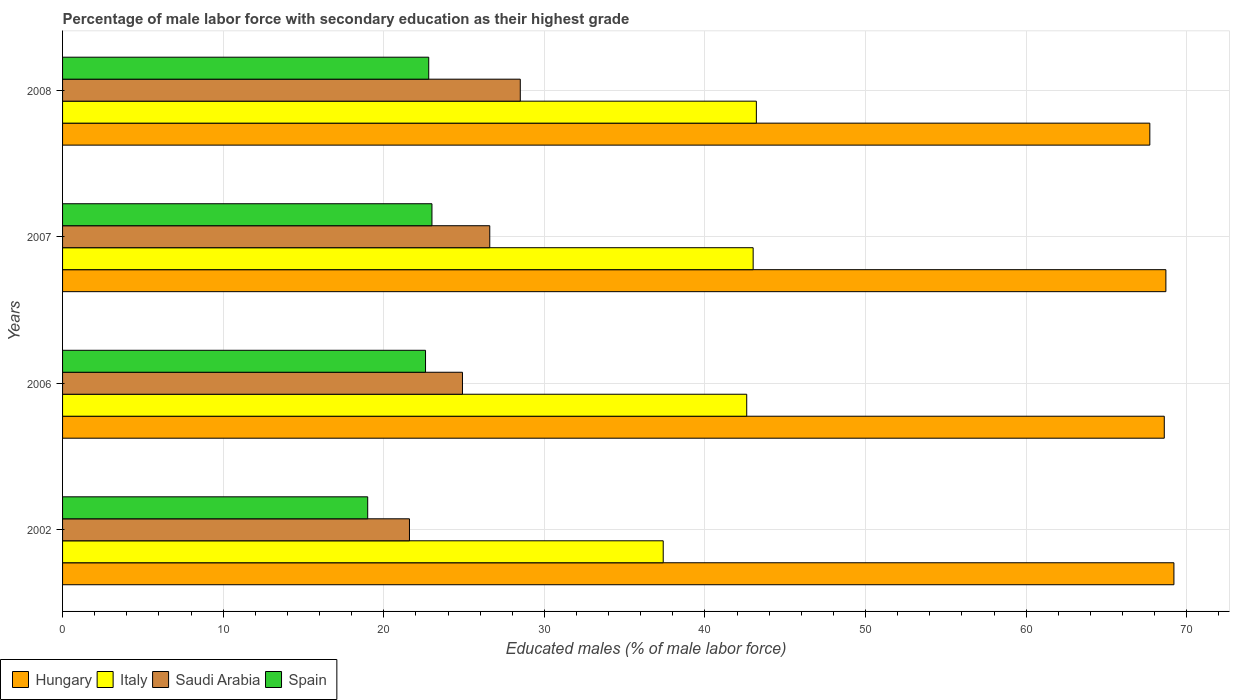
| Years | Hungary | Italy | Saudi Arabia | Spain |
 | --- | --- | --- | --- | --- |
 | 2002 | 69.2 | 37.4 | 21.6 | 19 |
 | 2006 | 68.6 | 42.6 | 24.9 | 22.6 |
 | 2007 | 68.7 | 43 | 26.6 | 23 |
 | 2008 | 67.7 | 43.2 | 28.5 | 22.8 |